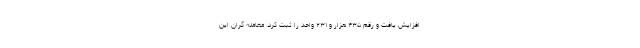
افزایش یافت و رقم ۴۳۵ هزار و ۲۳۱ واحد را ثبت کرد. معامله گران این